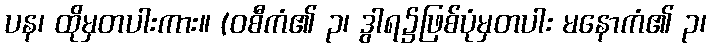
ပန၊ ထိုမှတပါးကား။ (ဝစီကံ၏ ၃၊ ဒွါရ၌ဖြစ်ပုံမှတပါး မနောကံ၏ ၃၊